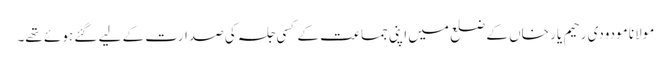
مولانا مودودی رحیم یار خاں کے ضلع میں اپنی جماعت کے کسی جلسہ کی صدارت کے لیے گئے ہوئے تھے۔